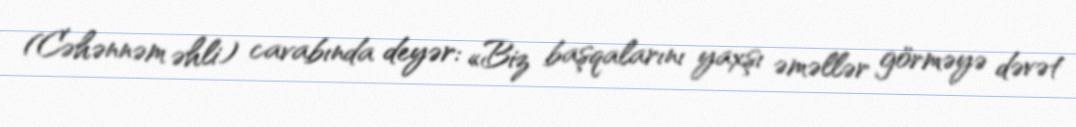
(Cəhənnəm əhli) cavabında deyər: «Biz başqalarını yaxşı əməllər görməyə dəvət